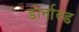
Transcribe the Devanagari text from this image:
डोर्नाल्ड